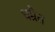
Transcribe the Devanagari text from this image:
धम्रैत